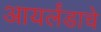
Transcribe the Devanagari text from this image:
आयर्लंडाचे